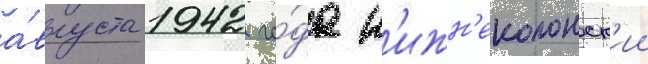
а́вгуста 1942 го́да н'ижн'еколонск'ии